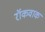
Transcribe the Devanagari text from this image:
रॉकवाक